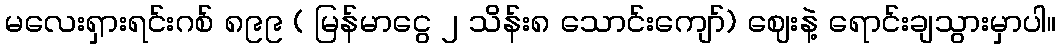
မလေးရှားရင်းဂစ် ၈၉၉ ( မြန်မာငွေ ၂ သိန်း၈ သောင်းကျော်) ဈေးနဲ့ ရောင်းချသွားမှာပါ။